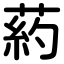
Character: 葯